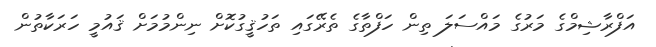
އަފްރާޝިމްގެ މަރުގެ މައްސަލަ ތިން ހަފްތާގެ ތެރޭގައި ތަހުޤީގުކޮށް ނިންމުމަށް ޤައުމީ ހަރަކާތުން